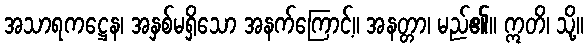
အသာရကဋ္ဌေန၊ အနှစ်မရှိသော အနက်ကြောင့်။ အနတ္တာ၊ မည်၏။ ဣတိ၊ သို့။